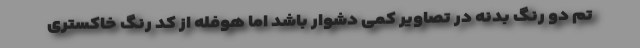
تم دو رنگ بدنه در تصاویر کمی دشوار باشد اما هوفله از کد رنگ خاکستری